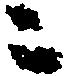
ニ